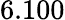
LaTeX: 6.100